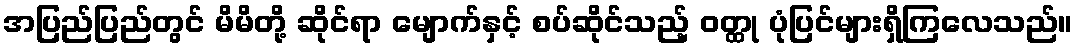
အပြည်ပြည်တွင် မိမိတို့ ဆိုင်ရာ မျောက်နှင့် စပ်ဆိုင်သည့် ဝတ္ထု ပုံပြင်များရှိကြလေသည်။